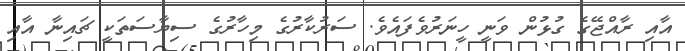
އާއި ރާއްޖޭގެ ގުޅުން ވަނީ ހީނަރުވެފައެވެ. ސަރުކާރުގެ މިހާރުގެ ސިޔާސަތަކީ ޗައިނާ އާއި